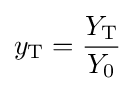
y_{\text{T}}={\frac {Y_{\text{T}}}{Y_{0}}}